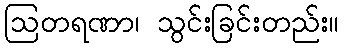
ဩတရဏာ၊ သွင်းခြင်းတည်း။